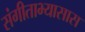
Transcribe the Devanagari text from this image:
संगीताभ्यासास